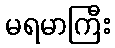
မရမာကြီး